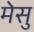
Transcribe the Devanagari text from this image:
मेसु